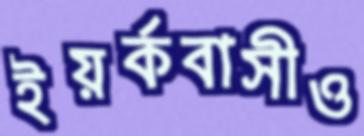
ইয়র্কবাসীও